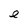
Character: e